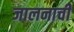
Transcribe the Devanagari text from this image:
जालनाची